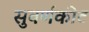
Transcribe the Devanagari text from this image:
सुवर्णकीट